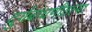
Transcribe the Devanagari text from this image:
दुर्गबांधणीतल्या